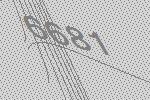
6681